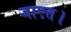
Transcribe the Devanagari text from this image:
जाएत।